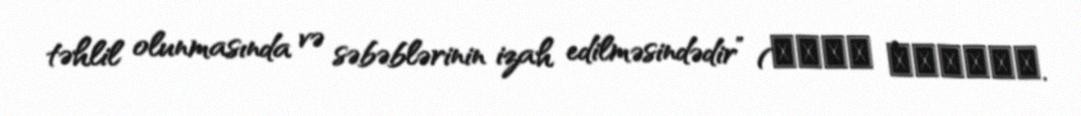
təhlil olunmasında və səbəblərinin izah edilməsindədir” (Карл Поппер.